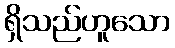
ရှိသည်ဟူသော